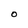
Character: O